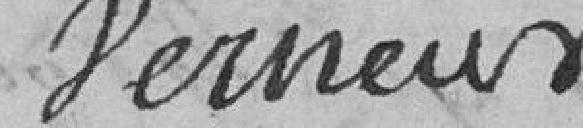
Verneur